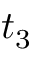
t _ { 3 }